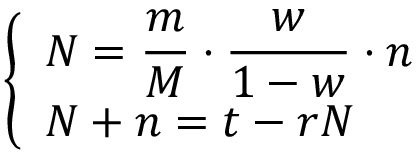
\left\{ \begin{array} { l l } { \displaystyle N = \frac { m } { M } \cdot \frac { w } { 1 - w } \cdot n } \\ { \displaystyle N + n = t - r N } \end{array} \right.